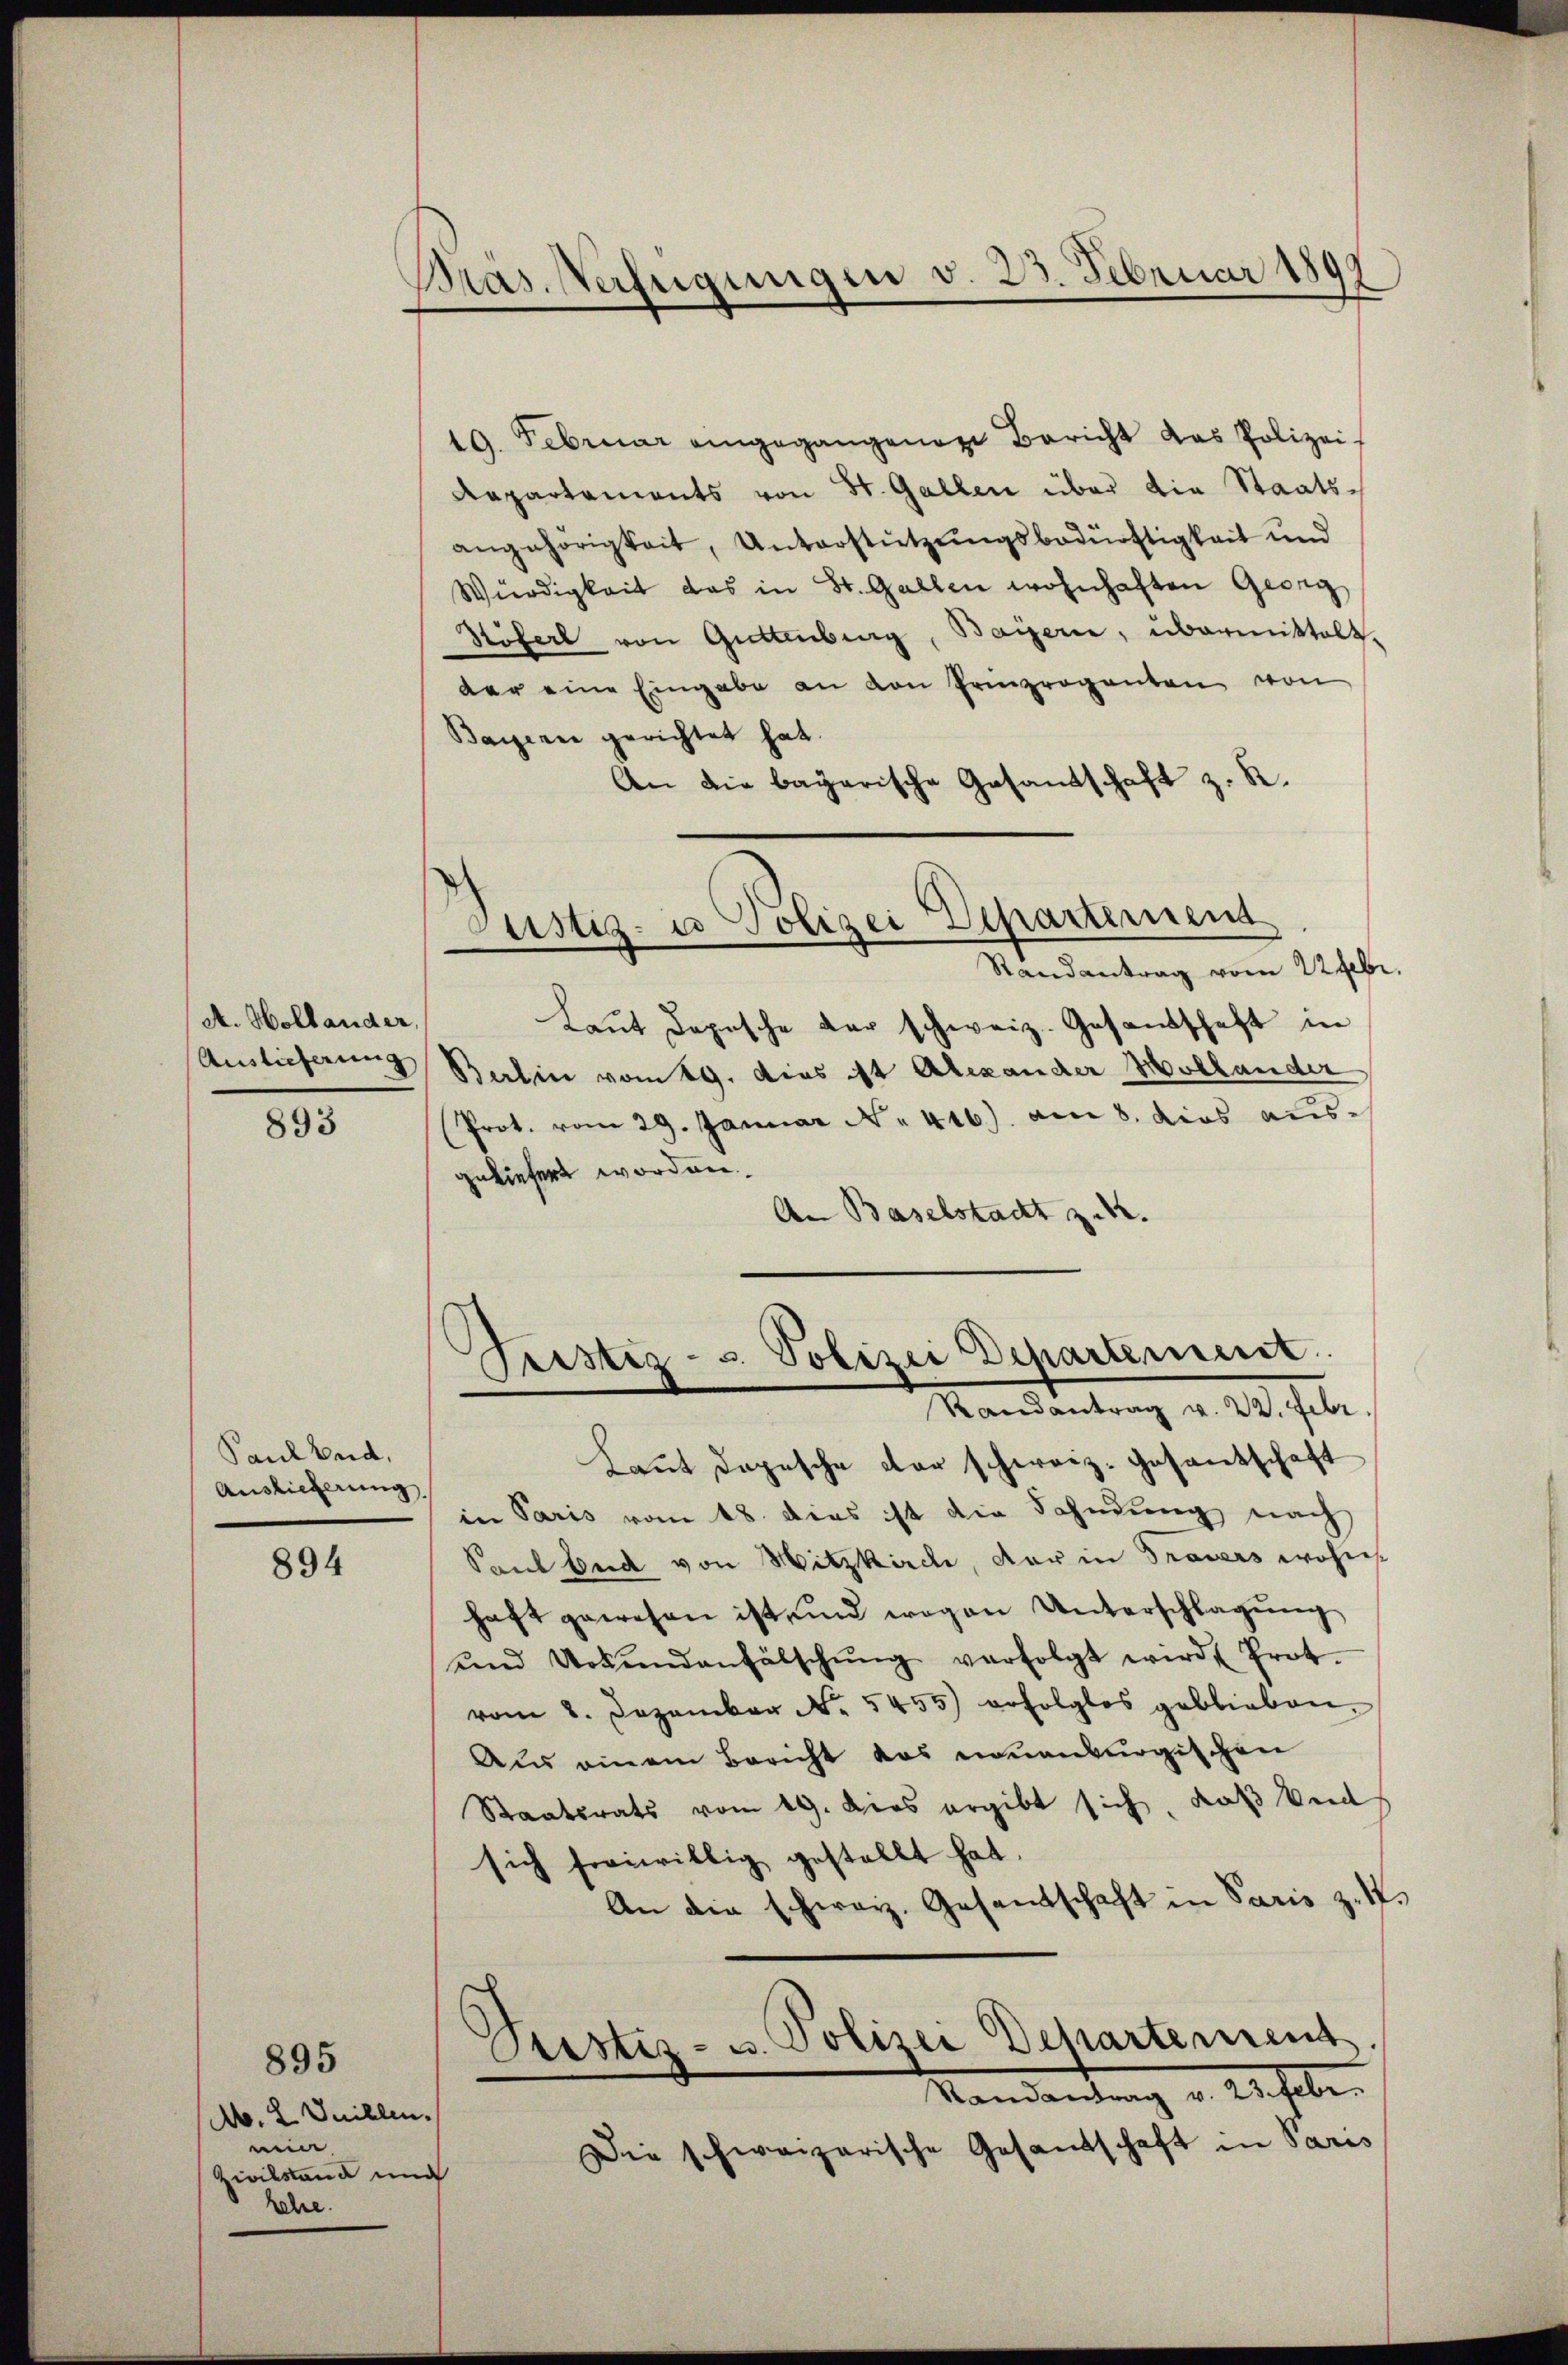
A. Hollauder,
Auslieferung

893

Paul bud.
Auslieferung,

894

895
M. 2. Juillen.
meine |
Zivilstand und
kehre.

Bras. Verfügungen v. 23. Februar 189

19. Februar eingegangenen Bericht das Polizei
Repartaments von St. Gallen über die Staatsangehörigkeit, Unterstützŭngsbedürftigkeit und
Würdigkeit das in St. Gallen wohnhaften Georg
Stöferl von Gittenburg, Bayern, übermittelt
der eine Eingabe an den Prinzroganten von
Bayerne gerichtet hat.
An die bayerische Gesandschaft z. R.
Justiz- u Polizei Departement
Randantrag vom 22 Febr.
Laŭt Dopische der schweiz. Gesandschaft in
Berlin vom 19. dies ist Alexander Hollander
Prot. vom 29. Januar No. 416) am 8. dies ausgeliefert worden.
An Baselstadt z. B.

Justiz- u. Polizei Departement
Randantrag v. 22. Febr.

Laut dopische der schweiz. Gesantschaft
in Paris vom 18. dies ist die Fahndung nach
Sont beide von Hitzkirch, der in Frauers wohnes
haft gewesen ist, und wegen Unterschlagŭng
ŭnd Urkundenfälschŭng verfolgt wird, Prot.
vom 2. Dezember No. 5455) erfolglos geblieben,
Aus einem Bericht das einenburgischen
Staatsrats vom 19. Dies ergibt sich, daß beid
sich freiwillig gestellt hat.
An die schweiz. Gesandschaft in Paris z. T.
Pestiz- u. Polizei Departement.
Randantrag v. 23. Febr.
Die schweizerische Gesandschaft in Paris